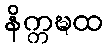
နိက္ကဍ္ဎထ